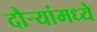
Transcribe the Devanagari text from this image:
दौऱ्यांमध्ये